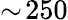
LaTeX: \sim\! 250